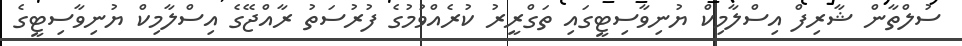
ސުލްތާން ޝާރިފް އިސްލާމިކް ޔުނިވާސިޓީގައި ތަގްރީރު ކުރެއްވުމުގެ ފުރުސަތު ރާއްޖޭގެ އިސްލާމިކް ޔުނިވާސިޓީގެ